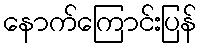
နောက်ကြောင်းပြန်